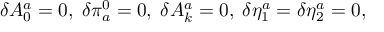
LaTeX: \delta A _ { 0 } ^ { a } = 0 , \; \delta \pi _ { a } ^ { 0 } = 0 , \; \delta A _ { k } ^ { a } = 0 , \; \delta \eta _ { 1 } ^ { a } = \delta \eta _ { 2 } ^ { a } = 0 ,